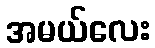
အမယ်လေး